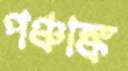
পঞ্চাঙ্ক